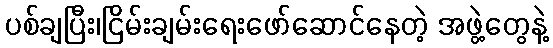
ပစ်ချပြီး၊ငြိမ်းချမ်းရေးဖော်ဆောင်နေတဲ့ အဖွဲ့တွေနဲ့